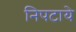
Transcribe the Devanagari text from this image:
निपटाये